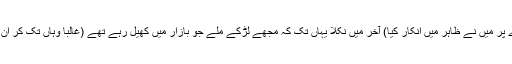
(لڑکپن کے قاعدے پر میں نے ظاہر میں انکار کیا) آخر میں نکلا یہاں تک کہ مجھے لڑکے ملے جو بازار میں کھیل رہے تھے (غالباً وہاں تک کر ان کو دیکھنے لگے۔